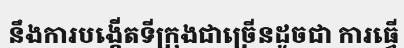
នឹងការបង្កើតទីក្រុងជាច្រើនដូចជា ការធ្វើ